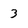
Character: 3